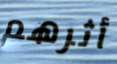
أثرهم